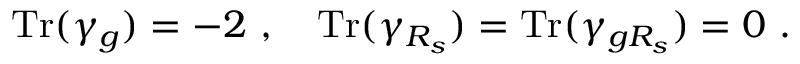
{ \mathrm { T r } } ( \gamma _ { g } ) = - 2 ~ , ~ ~ ~ { \mathrm { T r } } ( \gamma _ { R _ { s } } ) = { \mathrm { T r } } ( \gamma _ { g R _ { s } } ) = 0 ~ .